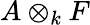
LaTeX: A\otimes_{k}F